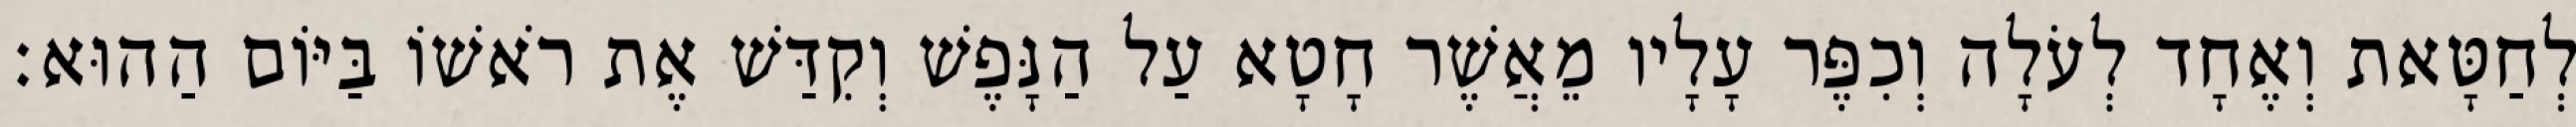
לְחַטָּאת וְאֶחָד לְעֹלָה וְכִפֶּר עָלָיו מֵאֲשֶׁר חָטָא עַל הַנָּפֶשׁ וְקִדַּשׁ אֶת רֹאשׁוֹ בַּיּוֹם הַהוּא׃